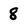
Character: 8